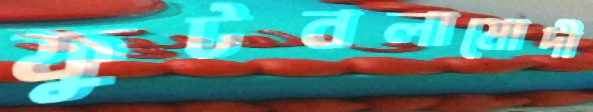
ফুটবলামোদী